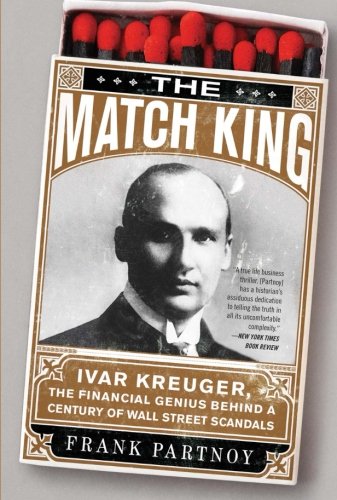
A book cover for The Match King: Ivar Kreuger, The Financial Genius Behind a Century of Wall Street Scandals; Frank Partnoy; Biographies & Memoirs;